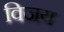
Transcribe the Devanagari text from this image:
विजय